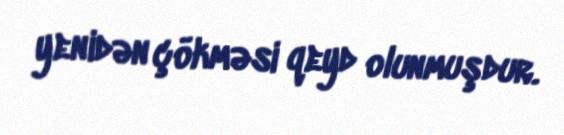
yenidən çökməsi qeyd olunmuşdur.